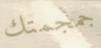
جمجمتك